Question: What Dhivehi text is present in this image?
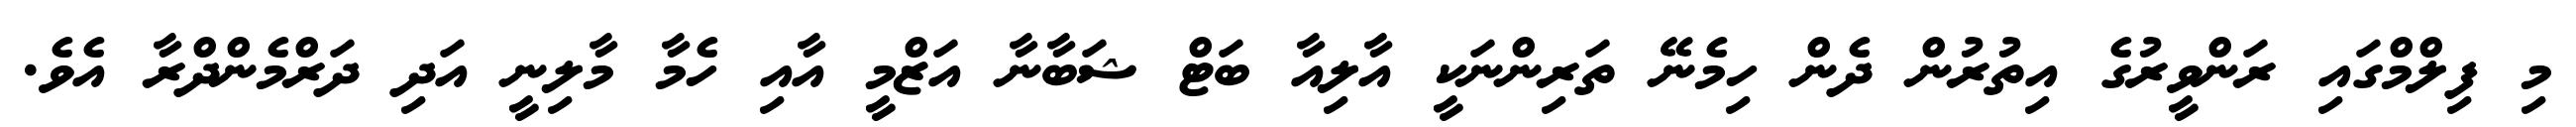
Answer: މި ފިލްމްގައި ރަންވީރުގެ އިތުރުން ދެން ހިމެނޭ ތަރިންނަކީ އާލިއާ ބަޓް ޝަބާނާ އަޒްމީ އާއި ހެމާ މާލިނީ އަދި ދަރްމެންދްރާ އެވެ.